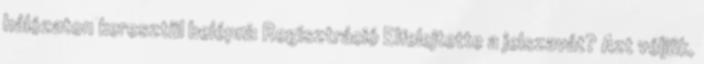
hálózaton keresztül belépni: Regisztráció Elfelejtette a jelszavát? Azt véljük,